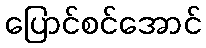
ပြောင်စင်အောင်